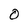
Character: 0